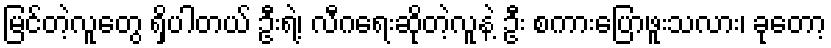
မြင်တဲ့လူတွေ ရှိပါတယ် ဦးရဲ့၊ လီဂရေးဆိုတဲ့လူနဲ့ ဦး စကားပြောဖူးသလား၊ ခုတော့